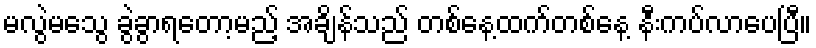
မလွဲမသွေ ခွဲခွာရတော့မည့် အချိန်သည် တစ်နေ့ထက်တစ်နေ့ နီးကပ်လာပေပြီ။